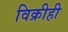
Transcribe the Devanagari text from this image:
विक्रीही